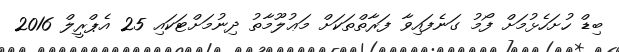
ބިޑް ހުށަހެޅުމަށް ފޯމު ގަނެފައިވާ ފަރާތްތަކަށް މަޢުލޫމާތު ދިނުމަށްޓަކައި 25 އެޕްރީލް 2016